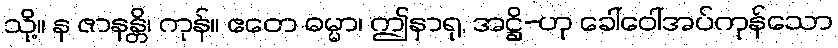
သို့။ န ဇာနန္တိ၊ ကုန်။ ဧတေ ဓမ္မာ၊ ဤနှာရု, အဋ္ဌိ-ဟု ခေါ်ဝေါ်အပ်ကုန်သော